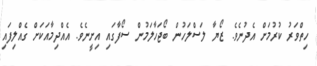
ހިތްވަރު ކުރުމަށް އެދުނެވެ. ޒޯޔާ ލަސްލަހުން ބޯޖަހާލަމުން ސޯފާގައި އިށީނެވެ. އެއްދިމާއަކަށް ގެއްލިފައި